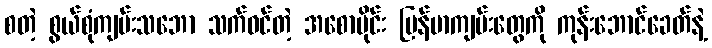
စတဲ့ စွယ်စုံကျမ်းသဘော သက်ဝင်တဲ့ အစောပိုင်း မြန်မာကျမ်းတွေကို ကုန်းဘောင်ခေတ်နဲ့